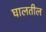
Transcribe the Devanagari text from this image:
घालतील